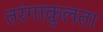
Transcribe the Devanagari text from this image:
तरंगाकुलता